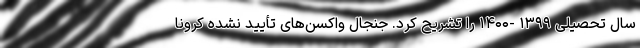
سال تحصیلی ۱۳۹۹ -۱۴۰۰ را تشریح کرد. جنجال واکسن‌های تأیید نشده کرونا